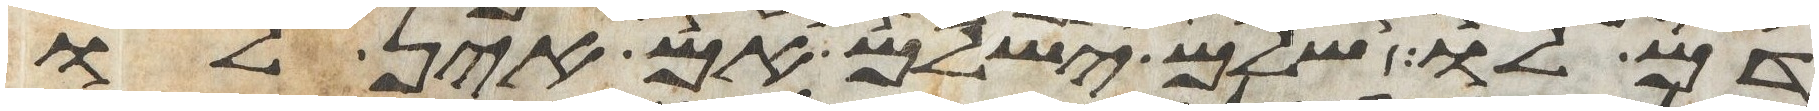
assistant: דם לו שלם ישלם אם אין לו